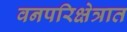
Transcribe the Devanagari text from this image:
वनपरिक्षेत्रात